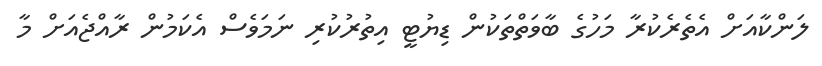
ލަންކާއަށް އެތެރެކުރާ މަހުގެ ބާވަތްތަކުން ޑިޔުޓީ އިތުރުކުރި ނަމަވެސް އެކަމުން ރާއްޖެއަށް މާ